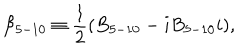
LaTeX: { \cal B } _ { 5 - 1 0 } \equiv \frac { 1 } { 2 } ( B _ { 5 - 1 0 } - i B _ { 5 - 1 0 } i ) ,